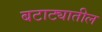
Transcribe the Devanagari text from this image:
बटाट्यातील